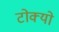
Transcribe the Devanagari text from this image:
टोक्‍यो